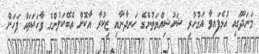
މަނަދޫގައި އުޅެފައިވާ އަގުހުރި ޝަހުޝިއްޔަތުންގެ ހަނދާނާއި ޒިކުރާ އާކޮށް އެބޭކަލުންގެ ވާހަކަތައް ފަހަށް